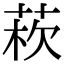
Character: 𦰻